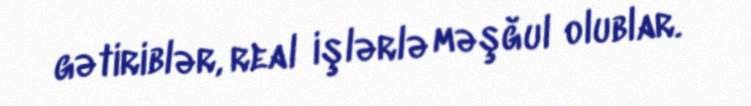
gətiriblər, real işlərlə məşğul olublar.